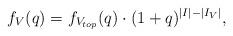
LaTeX: \begin{align*}f_V(q) = f_{V_{top}}(q) \cdot (1+q)^{|I| - |I_V|},\end{align*}